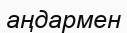
аңдармен